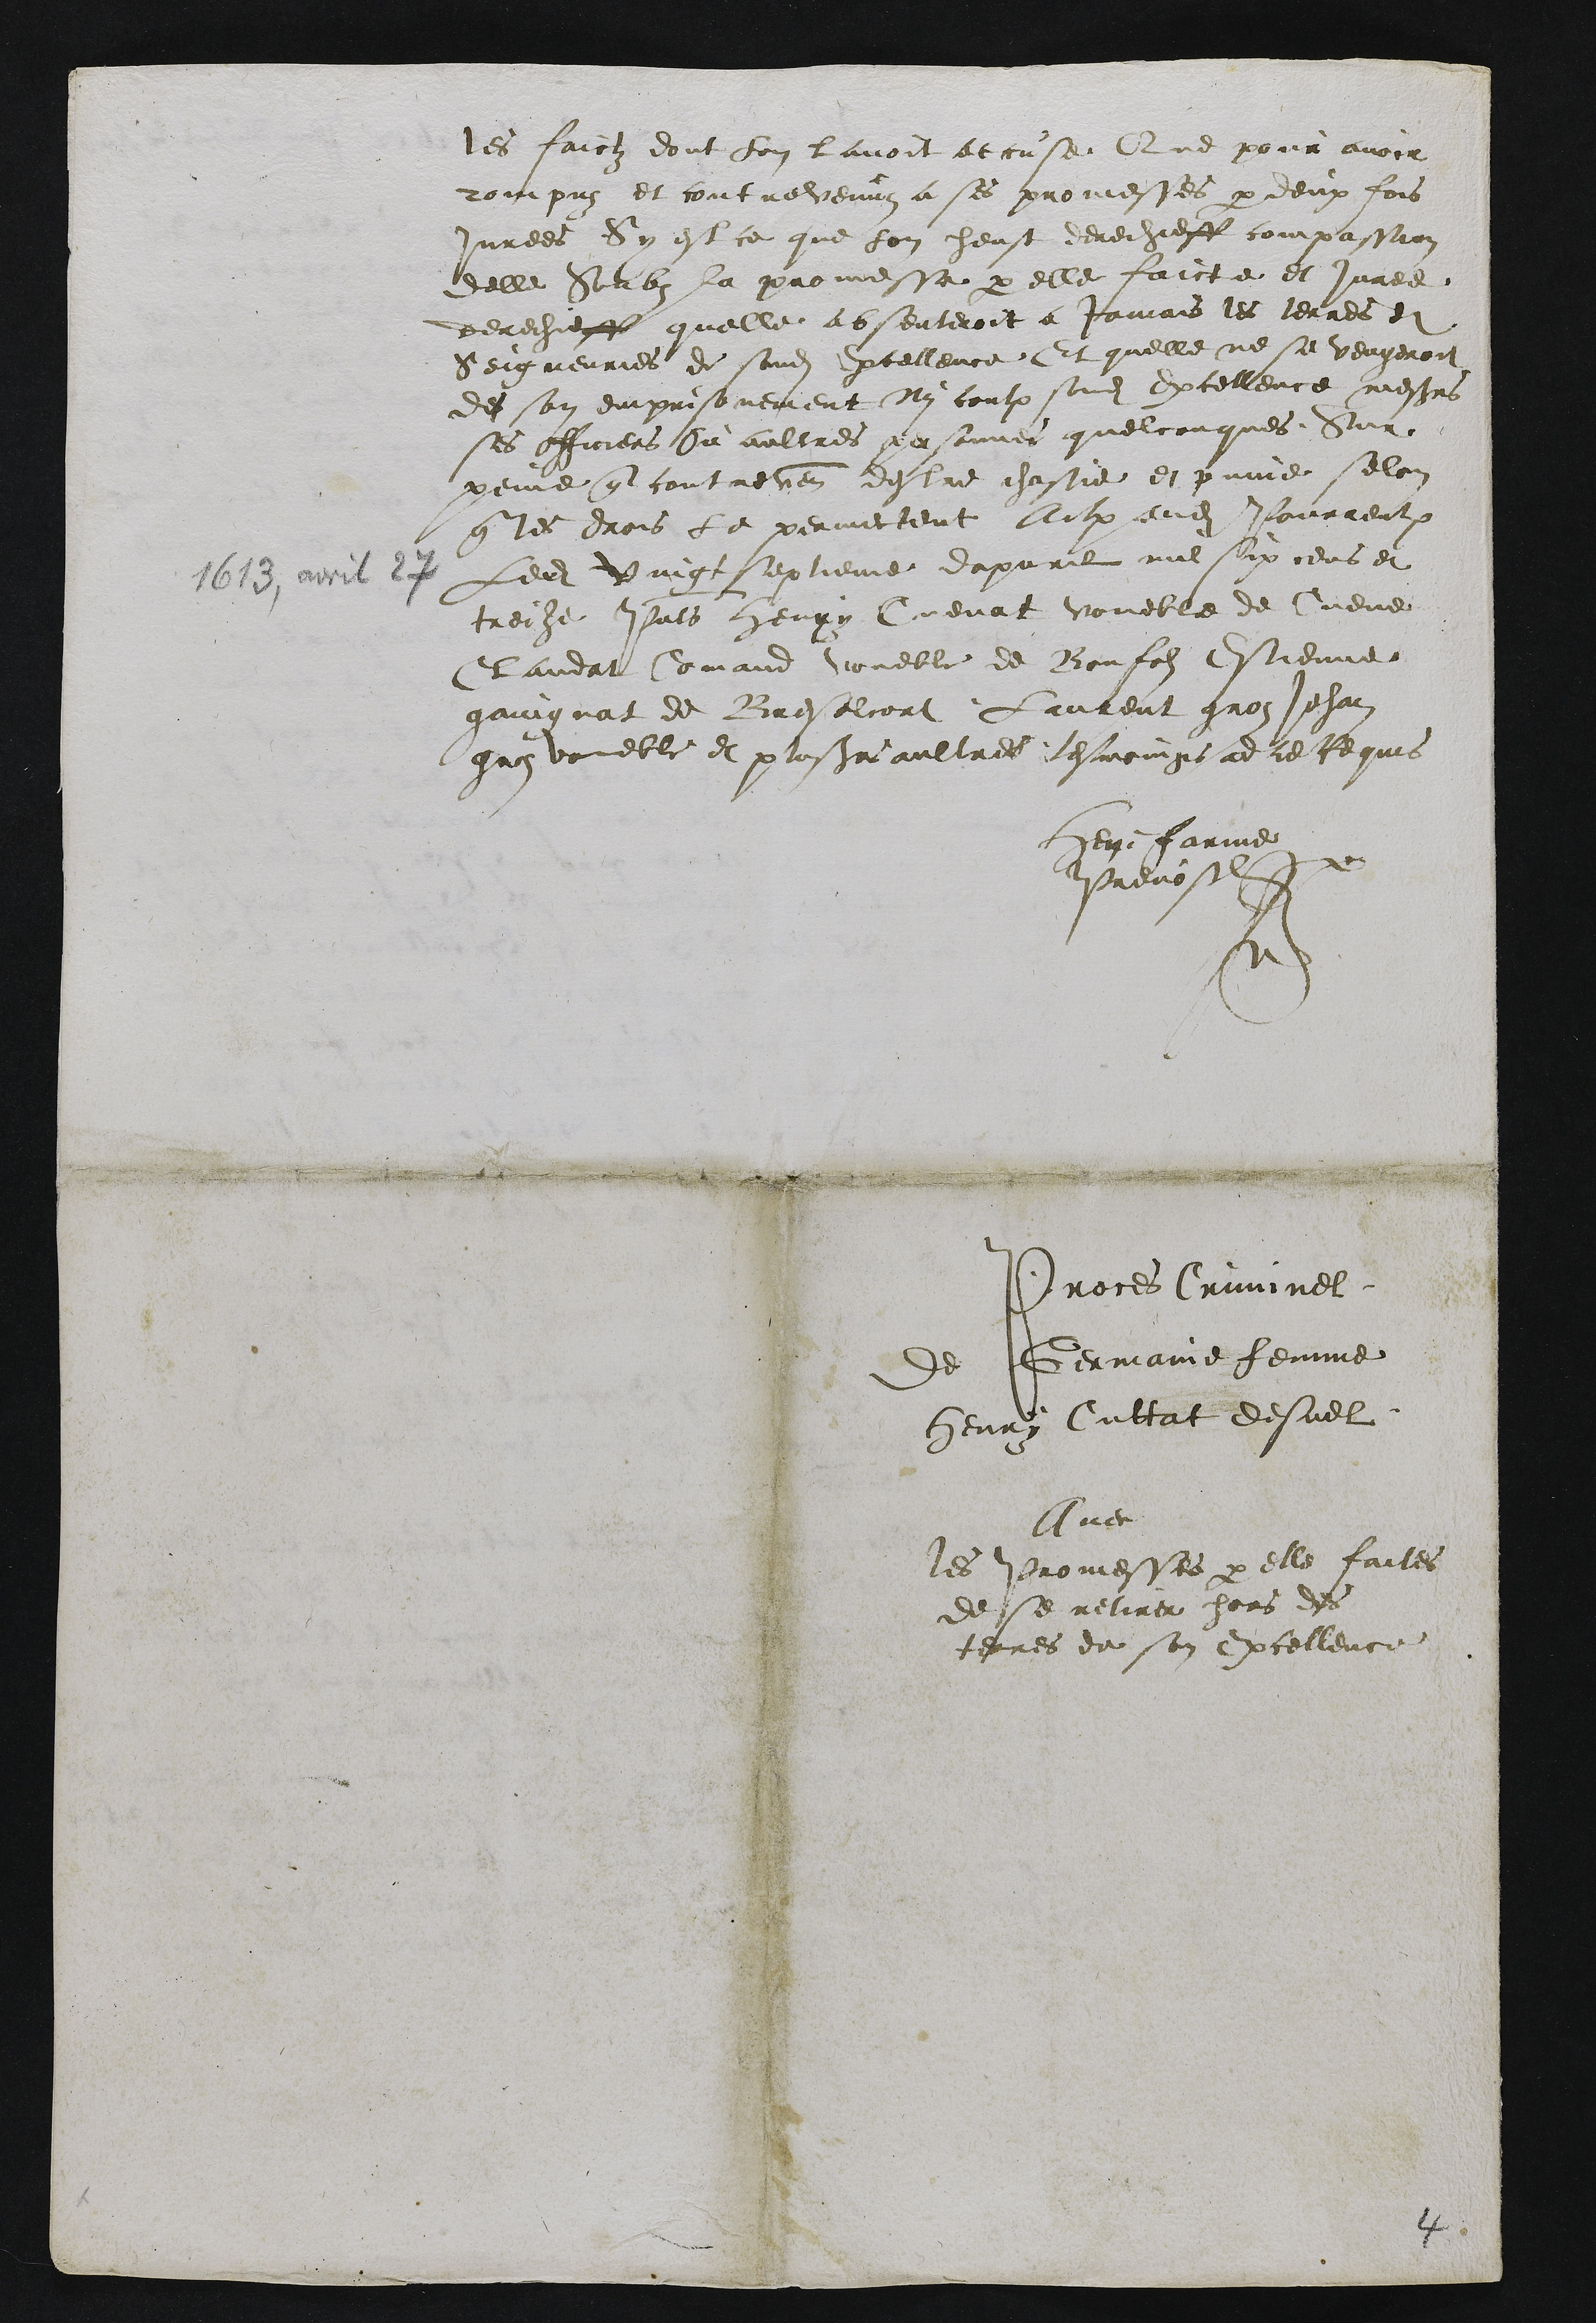
les faictz dont lon lavoit accuse Que pour avoir
rompuz et contrevenuz a ses promesses par deux fois
Jurees Sy est ce que lon heust derechieff compassion
delle Soubs la promesse par elle faicte et juree
derechieff quelle absenteroit a Jamais les terres et
Seigneuries de sondit Excellence Et quelle ne se vengeroit
des son emprisonnement ny contre sondit Excellence messieurs
ses Officiers Ou aultres personnes quelconques Sur
peine que contrevenant destre chastie et pune selon
que les drois le permectent Actum audit Pourrentruy par
Ledit vingt septieme dapvril mil six cens et
treize Presentes Henry Cuenat voueble de Cueve
Claudat Comand voueble de Bonfols Estienne
gaingnat de Bresalcort Lautent gros Jehan
gros voueble et plusieurs aultres tesmoings ad ce Requis
Henri Farine
Prevost
Proces Criminel
de Germaine femme
Henry Cuttat desuel
Avec
les Promesses par elle faites
de se retirer hors des
terres de son Excellence